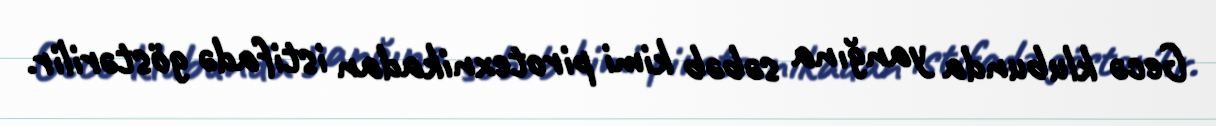
Gecə klubunda yanğına səbəb kimi pirotexnikadan istifadə göstərilir.